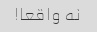
نه واقعا!